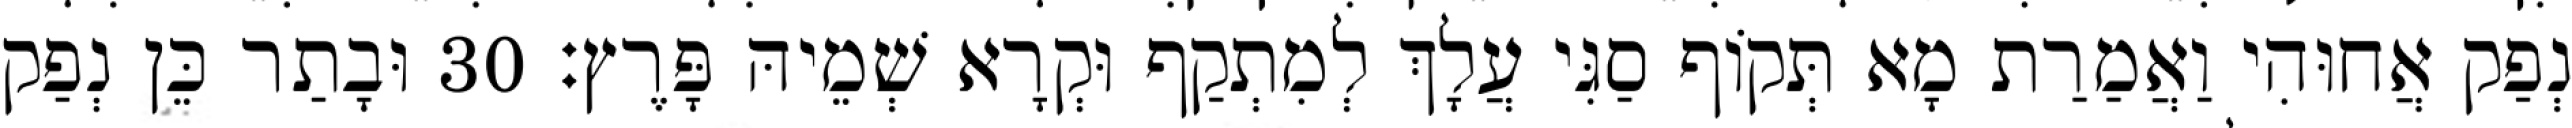
נְפַק אֲחוּהִי וַאֲמַרַת מָא תְּקוֹף סַגִּי עֲלָךְ לְמִתְקַף וּקְרָא שְׁמֵיהּ פָּרֶץ׃ 30 וּבָתַר כֵּן נְפַק